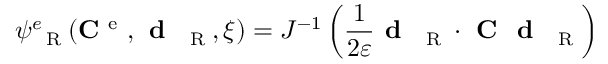
\psi _ { \mathrm { ~ \tiny ~ R ~ } } ^ { e } ( { \bf C } ^ { \mathrm { ~ e ~ } } , \textbf { d } _ { \mathrm { ~ \tiny ~ R ~ } } , \xi ) = J ^ { - 1 } \left( \frac { 1 } { 2 \varepsilon } \textbf { d } _ { \mathrm { ~ \tiny ~ R ~ } } \cdot \textbf { C } \textbf { d } _ { \mathrm { ~ \tiny ~ R ~ } } \right)